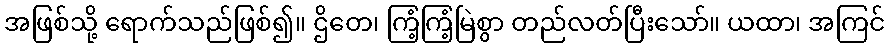
အဖြစ်သို့ ရောက်သည်ဖြစ်၍။ ဌိတေ၊ ကြံ့ကြံ့မြဲစွာ တည်လတ်ပြီးသော်။ ယထာ၊ အကြင်